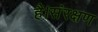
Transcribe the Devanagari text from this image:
है।संरक्षण